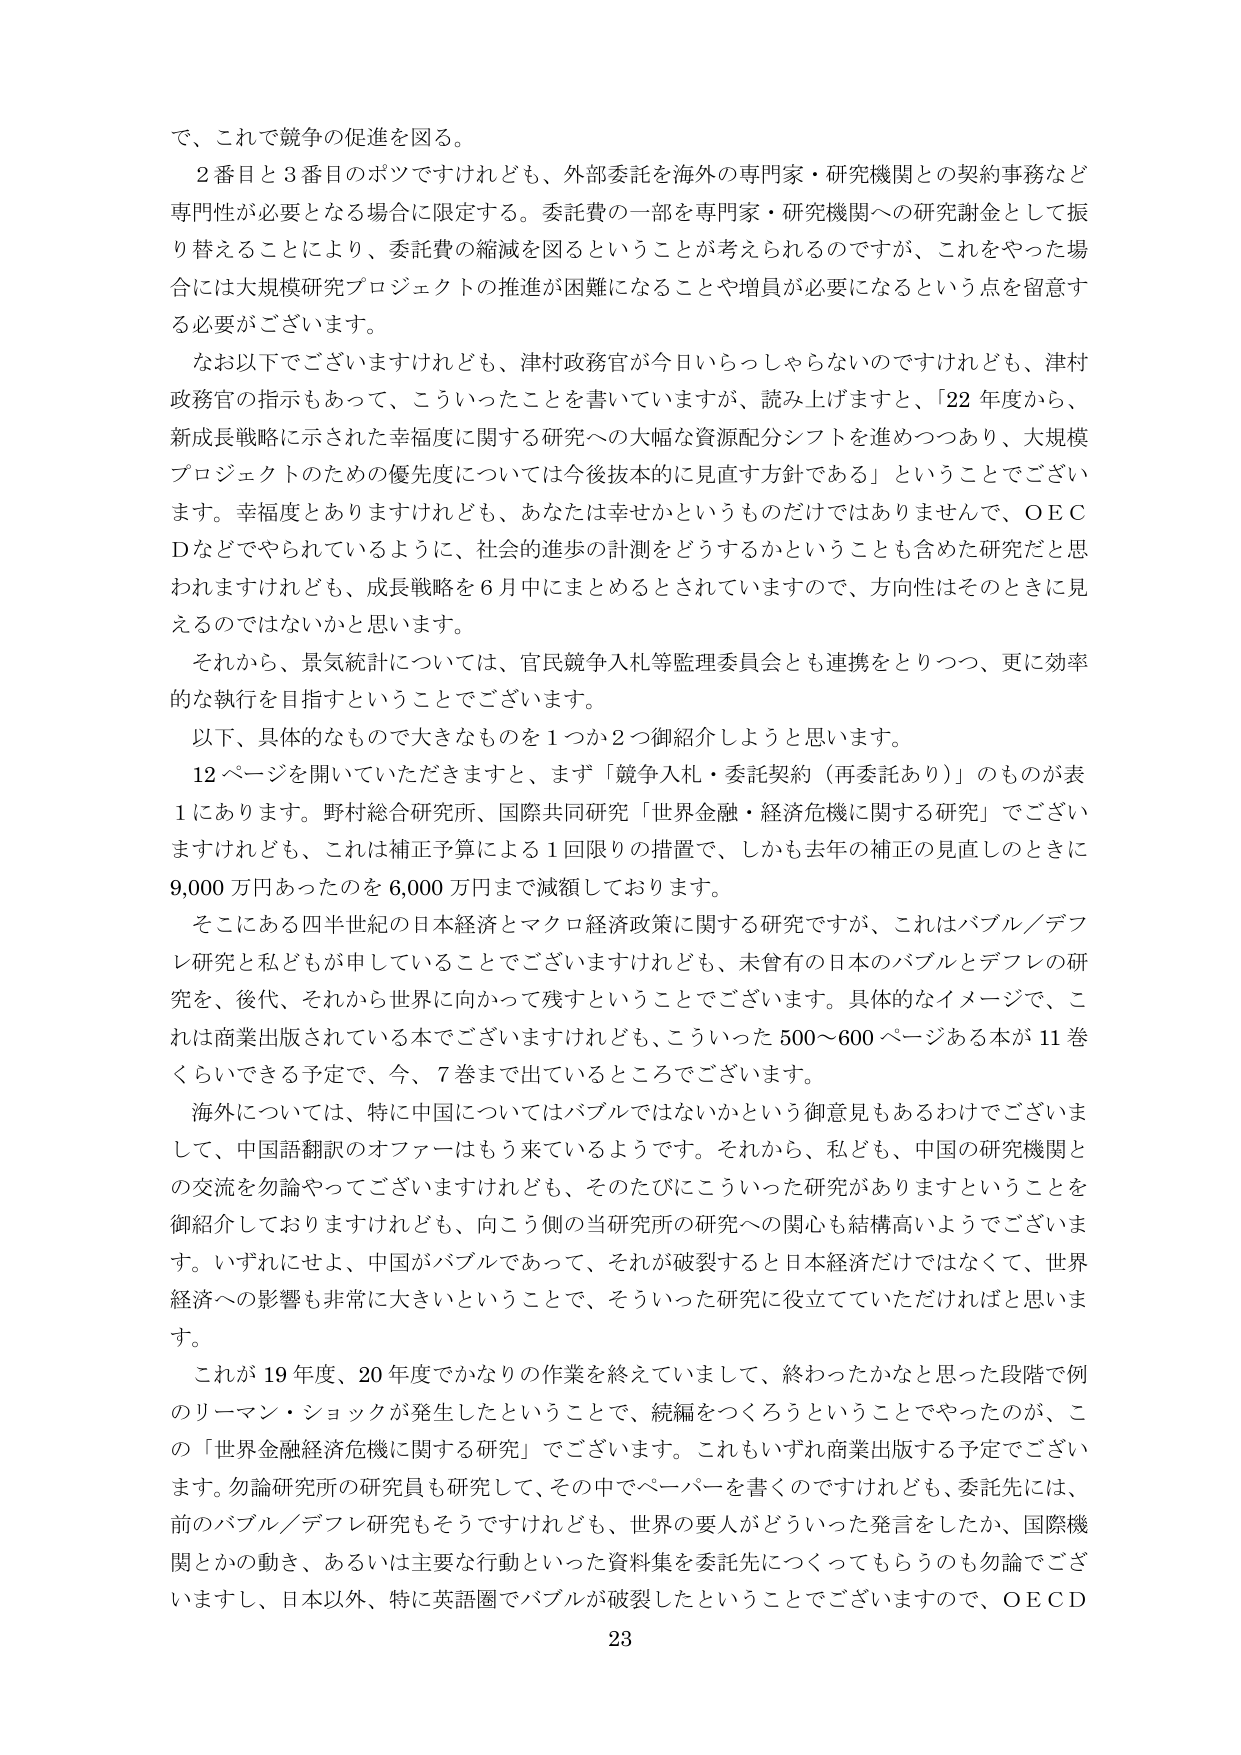
で、これで競争の促進を図る。

２番目と３番目のボツですけれども、外部委託を海外の専門家・研究機関との契約事務など専門性が必要となる場合に限定する。委託費の一部を専門家・研究機関への研究謝金として振り替えることにより、委託費の縮減を図るということが考えられるのですが、これをやった場合には大規模研究プロジェクトの推進が困難になることや増員が必要になるという点を留意する必要がございます。

なお以下でございますけれども、津村政務官が今日いらっしゃらないのですけれども、津村政務官の指示もあって、こういったことを書いていますが、読み上げますと、「22年度から、新成長戦略に示された幸福度に関する研究への大幅な資源配分シフトを進めつつあり、大規模プロジェクトのための優先度については今後抜本的に見直す方針である」ということでございます。幸福度とありますけれども、あなたは幸せかというものだけではありませんで、ＯＥＣＤなどでやられているように、社会的進歩の計測をどうするかということも含めた研究だと思われますけれども、成長戦略を６月中にまとめるとされていますので、方向性はそのときに見えるのではないかと思います。

それから、景気統計については、官民競争入札等監理委員会とも連携をとりつつ、更に効率的な執行を目指すということでございます。

以下、具体的なもので大きなものを１つか２つ御紹介しようと思います。

12ページを開いていただきますと、まず「競争入札・委託契約（再委託あり）」のものが表１にあります。野村総合研究所、国際共同研究「世界金融・経済危機に関する研究」でございますけれども、これは補正予算による１回限りの措置で、しかも去年の補正の見直しのときに9,000万円あったのを6,000万円まで減額しております。

そこにある四半世紀の日本経済とマクロ経済政策に関する研究ですが、これはバブル／デフレ研究と私どもが申していることでございますけれども、未曾有の日本のバブルとデフレの研究を、後代、それから世界に向かって残すということでございます。具体的なイメージで、これは商業出版されている本でございますけれども、こういった500～600ページある本が11巻くらいできる予定で、今、7巻まで出ているところでございます。

海外については、特に中国についてはバブルではないかという御意見もあるわけでございまして、中国語翻訳のオファーはもう来ているようです。それから、私ども、中国の研究機関との交流を勿論やってございますけれども、そのたびにこういった研究がありますということを御紹介しておりますけれども、向こう側の当研究所の研究への関心も結構高いようでございます。いずれにせよ、中国がバブルであって、それが破裂すると日本経済だけではなくて、世界経済への影響も非常に大きいということで、そういった研究に役立てていただければと思います。

これが19年度、20年度でかなりの作業を終えていまして、終わったかなと思った段階で例のリーマン・ショックが発生したということで、続編をつくろうということでやったのが、この「世界金融経済危機に関する研究」でございます。これもいずれ商業出版する予定でございます。勿論研究所の研究員も研究して、その中でペーパーを書くのですけれども、委託先には、前のバブル／デフレ研究もそうですけれども、世界の要人がどういった発言をしたか、国際機関とかの動き、あるいは主要な行動といった資料集を委託先につくってもらうのも勿論でございますし、日本以外、特に英語圏でバブルが破裂したということでございますので、ＯＥＣＤ

23